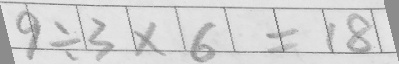
9 \div 3 \times 6 = 1 8